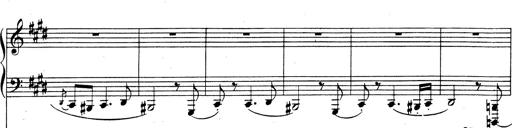
Title: Rhapsodie espagnole
Composer: Franz Liszt